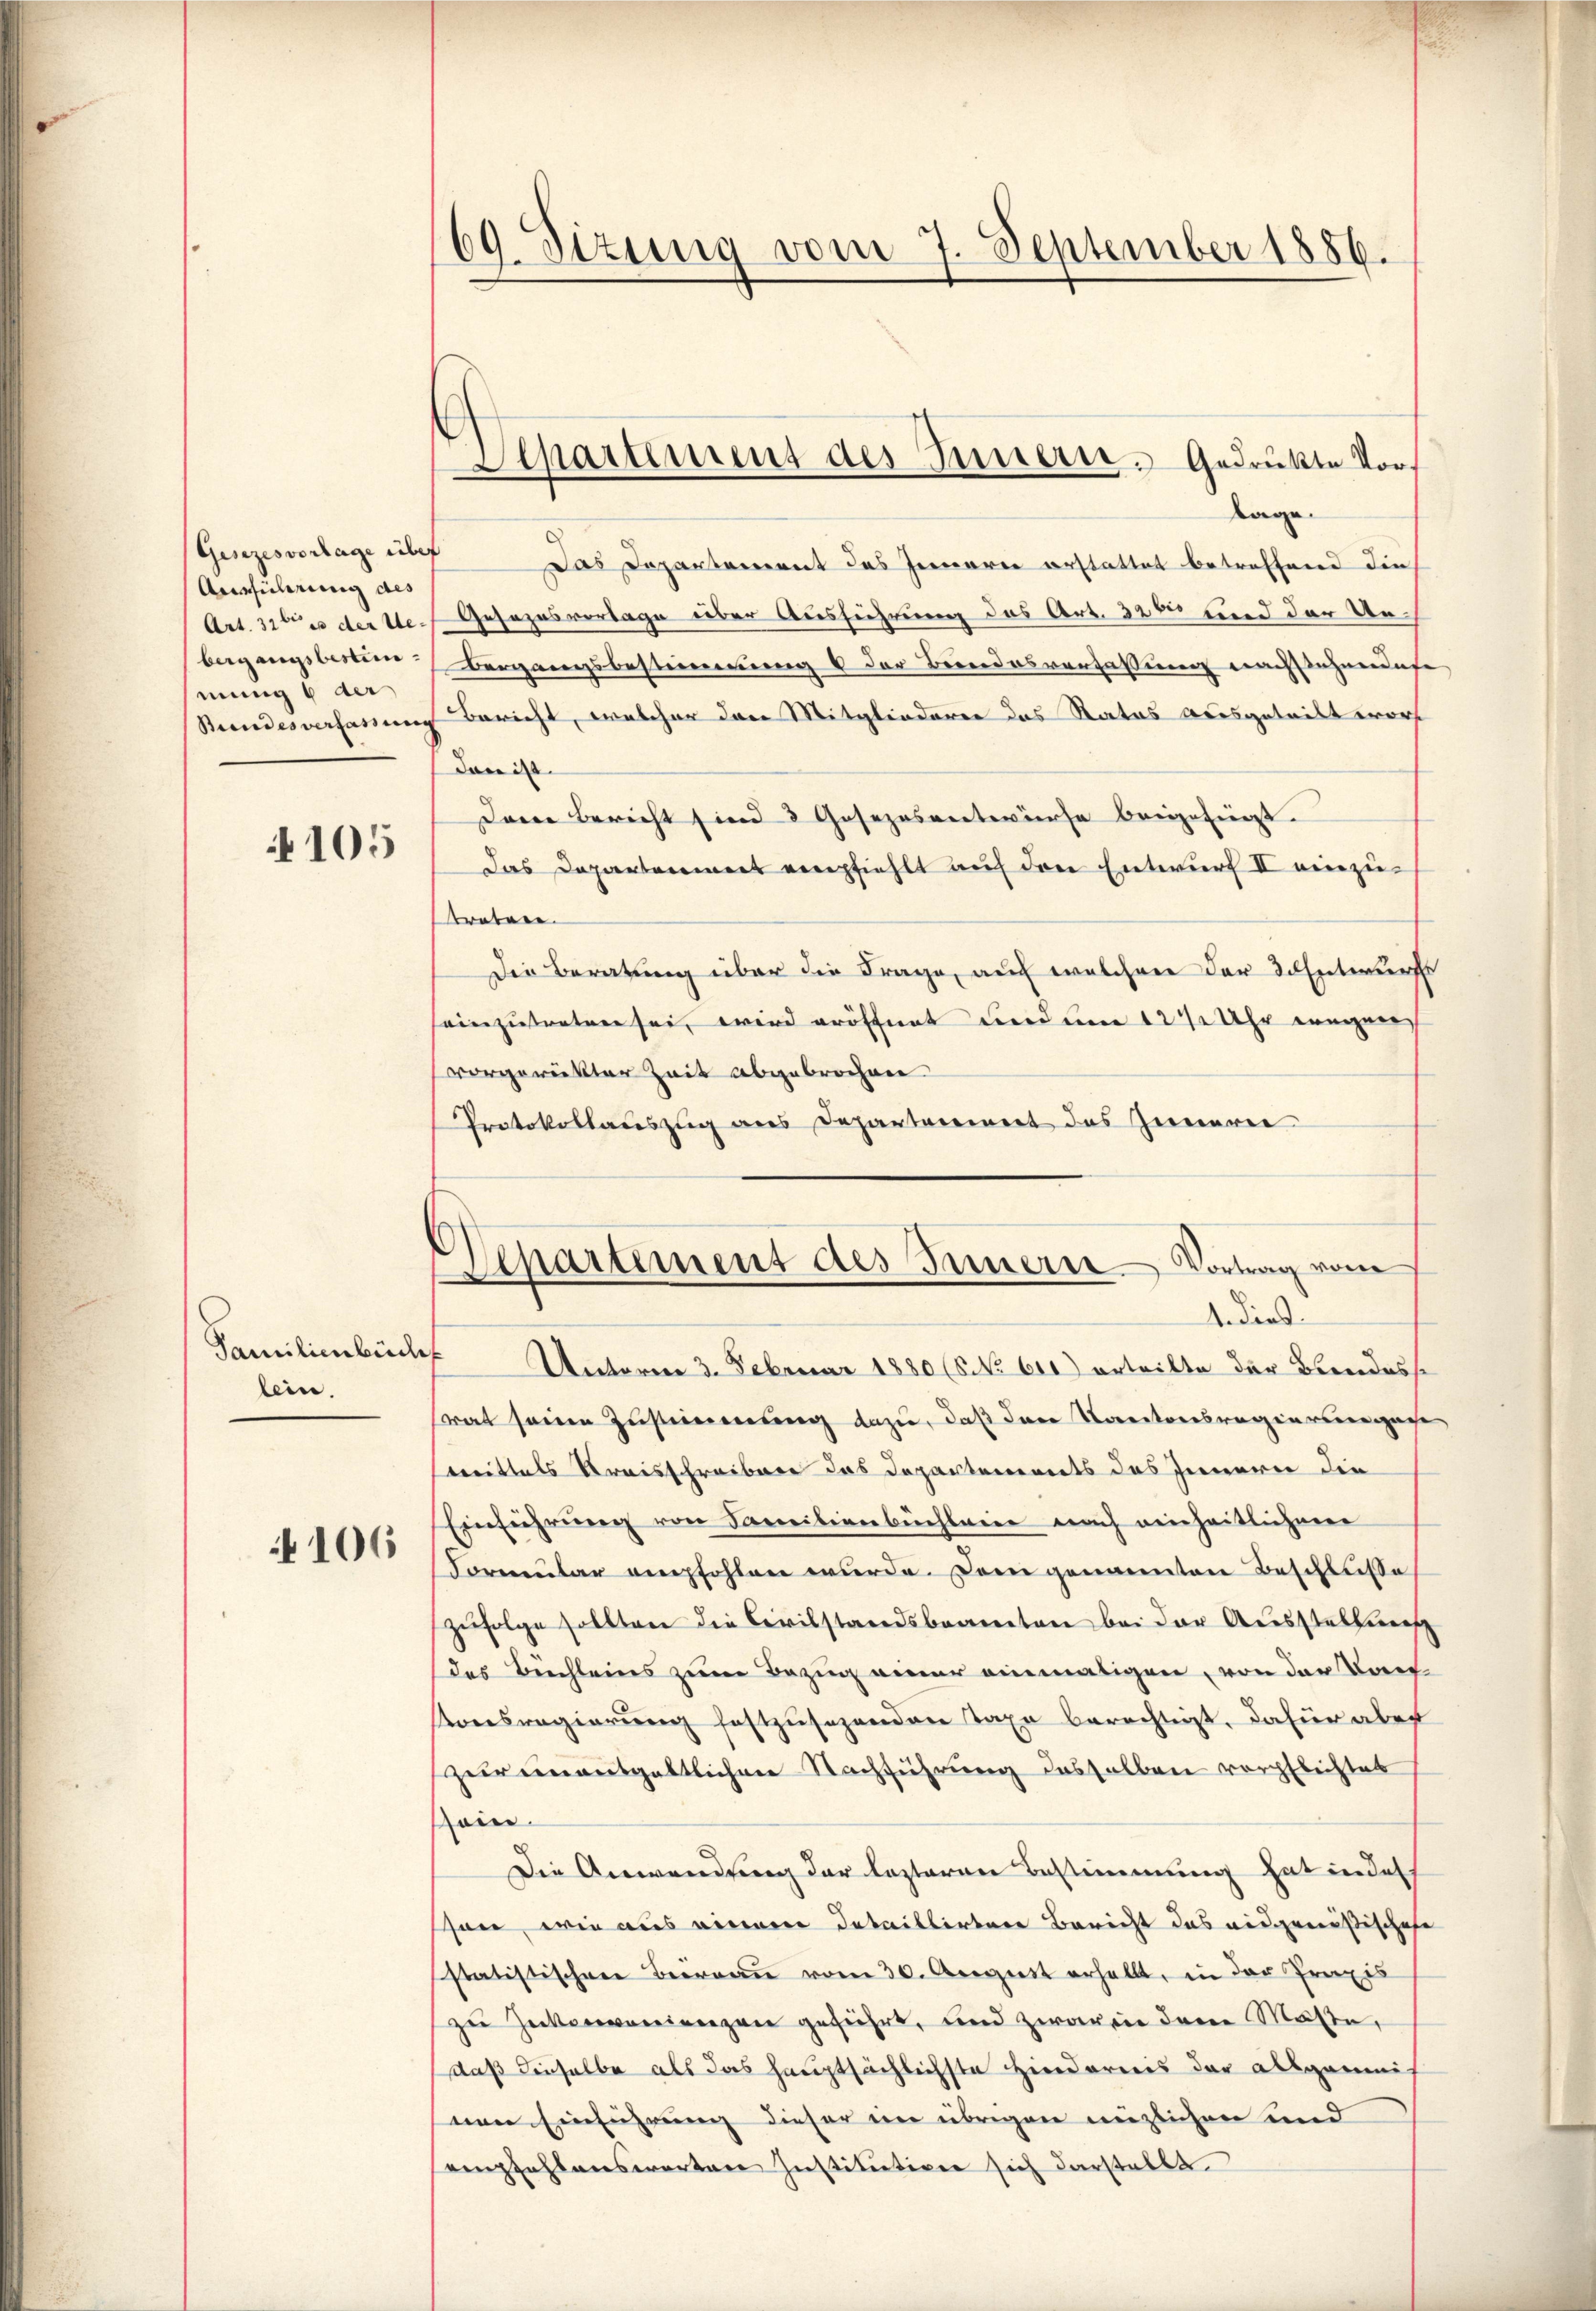
Gesezesvorlage über
Ausführung des
Art. 31ten der Uebergangsbestim
mung 6 der
Bundesverfassung

105

Familienbuch
lein.

106

69. Sizung vom 7. September 1886.

Separtement des Innern. Gedrukte Vor¬
Tage

Das Departement des Jenneren erstattet betreffend die
Gesezesvorlage über Ausführung des Art. 326 und der Unbergangsbestimmung 6 der Bundesverfassung nachstehendes
Bericht, welcher dere Mitgliederer das Rates ausgetrist wars
dan ist.
Darin bericht sind 3 Gesezesentwürfe beigefügt.
Das Departoniert empfiehlt auf den Entwurf II einzutraben.
Die Beratung über die Frage, auf welchen der Entwurfs
einzutreten sei, wird eröffnet und um 12 Uhr wegens
vorgerückter Zeit abgebrochen
Protokollauszug aus Departereiert des Innerer
Unterm 3. Februar 1880 (NNNo 610) erteilte der Beendess.
rat seinen Zustimmung dazu, daß der Kantonsregierungege
trittels Kreisschreiber das Departements des Innerer die
Einführung von Familienbuchleine nach einheitlichen
Formular empfohlen wurde. Dem genannten Beschluße
zŭfolge sollten die Civilstandsbeamten bei der Ausstellung
das Büchleins zum Bezug einer einmaligen, von der Kauf¬
Konsregierŭng festzŭsezenden Taxe berechtigt, dafür aber
zur einentgeltlichen Nachführung desselben verpflichtes
sein.
Die Anwendung der lezteren Bestimmung hat indes
schon, wie aus einem Detaillirtere Bericht das eidgenößischeh
statistischen Beereau vom 30. Aegerst erhallt, in der Praxis
zu Zuckervenienzen geführt, und zwar ein dere Masse,
daß dieselbe als das Hauptsächlichste Hinderens der allgemeis
nen Einführung dieser im übrigen möglichen und
empfehlenswerten Institutiven sich darstellt

mpartement des Innern Vortrag vom
ediens